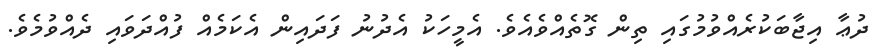
ދުޢާ އިޖާބަކުރެއްވުމުގައި ތިން ގޮތެއްވެއެވެ. އެމީހަކު އެދުނު ފަދައިން އެކަމެއް ފުއްދަވައި ދެއްވުމެވެ.